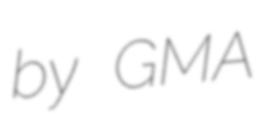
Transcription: by GMA